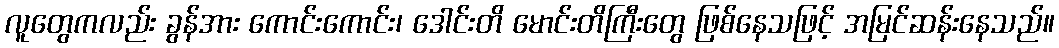
လူတွေကလည်း ခွန်အား ကောင်းကောင်း၊ ဒေါင်းတိ မောင်းတိကြီးတွေ ဖြစ်နေသဖြင့် အမြင်ဆန်းနေသည်။